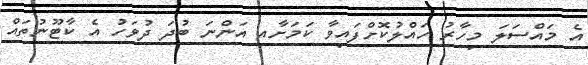
އެ މައްސަލަ މިހާރު ހައްލުކޮށްފައިވާ ކަމަށާއި އަންނަ ބުދަ ދުވަހު އެ ކާޓޫނުތައް